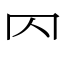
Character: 𠔿